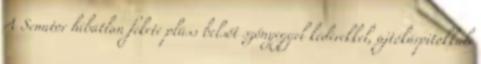
A Senator hibátlan fekete plüss belsőt szőnyeggel kéderekkel, ajtókárpitokkal.